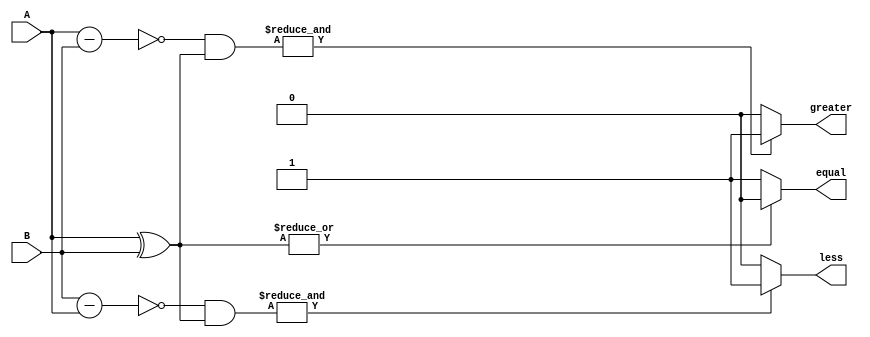
module parallel_comparator (
    input [7:0] A,
    input [7:0] B,
    output equal,
    output greater,
    output less
);

// XOR gates for comparing each pair of bits
wire [7:0] xor_out;
assign xor_out = A ^ B;

// AND gates for generating output signals
assign equal = (|xor_out) ? 1'b0 : 1'b1;
assign greater = (&(~(A-B) & xor_out)) ? 1'b1 : 1'b0;
assign less = (&(~(B-A) & xor_out)) ? 1'b1 : 1'b0;

endmodule